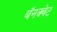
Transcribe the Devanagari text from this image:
बॅनक्वेट